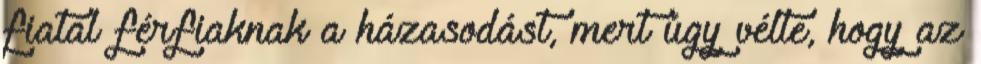
fiatal férfiaknak a házasodást, mert úgy vélte, hogy az